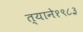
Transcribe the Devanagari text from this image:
त्याने१९८३